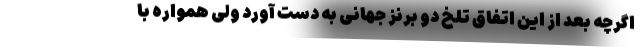
اگرچه بعد از این اتفاق تلخ دو برنز جهانی به دست آورد ولی همواره با